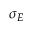
\sigma _ { E }